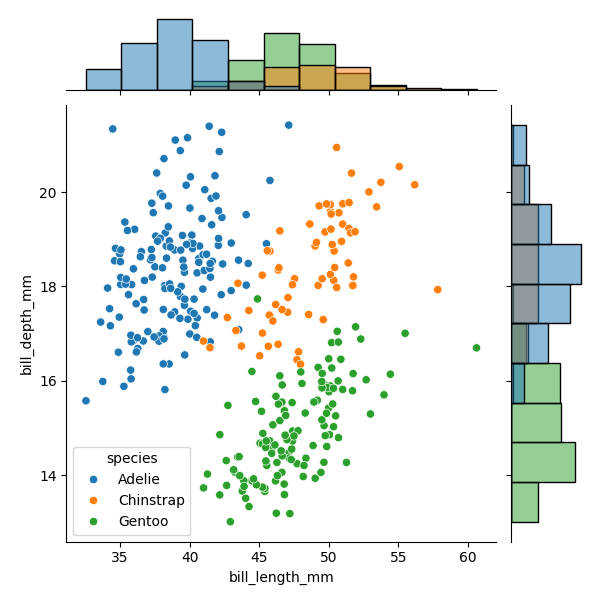
python, seaborn, JointGrid, scatterplot, histplot, hue